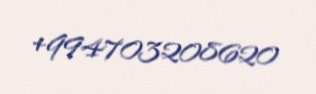
+994703208620